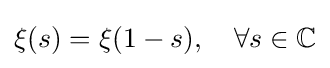
\xi (s)=\xi (1-s),\quad \forall s\in \mathbb {C}